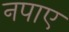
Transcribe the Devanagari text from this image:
नपाए